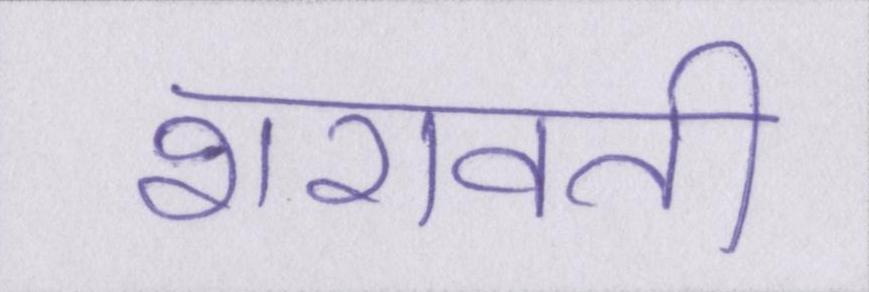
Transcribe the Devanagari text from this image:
शरावती